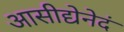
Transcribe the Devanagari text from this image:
आसीद्येनेदं